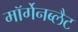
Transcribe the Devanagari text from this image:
मॉर्गेनब्लैट